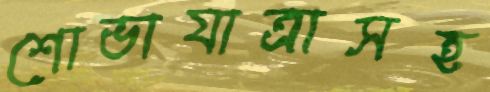
শোভাযাত্রাসহ